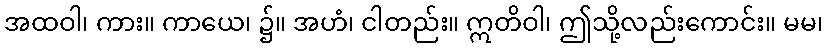
အထဝါ၊ ကား။ ကာယေ၊ ၌။ အဟံ၊ ငါတည်း။ ဣတိဝါ၊ ဤသို့လည်းကောင်း။ မမ၊